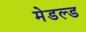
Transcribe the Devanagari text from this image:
मेडल्ड